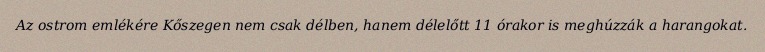
Az ostrom emlékére Kőszegen nem csak délben, hanem délelőtt 11 órakor is meghúzzák a harangokat.